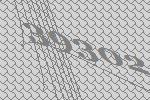
39302